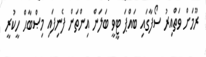
ރޫމަށް ވަތްއިރު ސޯފާގައި ބައްޕަ ޓީވީ ބަލަން އިންތަން ފެނިފައި މިޞްބާޙް ހީކުރީ